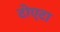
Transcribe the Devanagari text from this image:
टोएटा